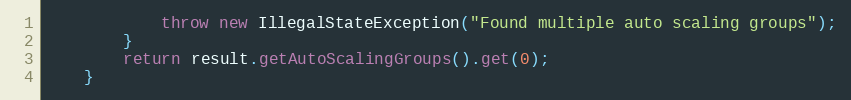
Language: Java
            throw new IllegalStateException("Found multiple auto scaling groups");
        }
        return result.getAutoScalingGroups().get(0);
    }